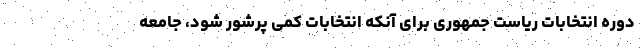
دوره انتخابات ریاست جمهوری برای آنکه انتخابات کمی پرشور شود، جامعه